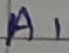
Text: AI